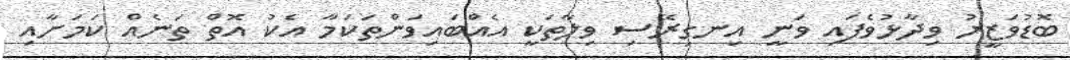
ބޮޑުވަޒީރު ވިދާޅުވެފައި ވަނީ އިނގިރޭސި ވިލާތަކީ އެއްބައިވަންތަކަމާ އެކު އޮތް ތަނެއް ކަމަށާއި